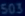
%$50S